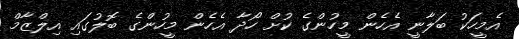
އެމީހަކު ބަލާނީ އެެހެން މީހުންގެ ކުށް ހޯދާ އެހެން މީހުންގެ ބޮލުގައި އިލްޒާމް